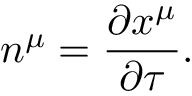
n ^ { \mu } = \frac { \partial x ^ { \mu } } { \partial \tau } .